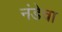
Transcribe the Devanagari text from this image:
नंडेचा